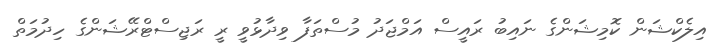
އިލެކްޝަން ކޮމިޝަންގެ ނައިބު ރައީސް އަމްޖަދު މުސްތަފާ ވިދާޅުވީ ރީ ރަޖިސްޓްރޭޝަންގެ ހިދުމަތް